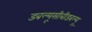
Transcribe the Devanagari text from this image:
डबल्यूसीबीडबल्यू